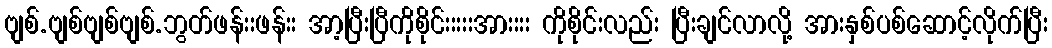
ဗျစ်.ဗျစ်ဗျစ်ဗျစ်.ဘွတ်ဖန်းးဖန်းး အာ့ပြီးပြီကိုစိုင်းးးးးအားးးး ကိုစိုင်းလည်း ပြီးချင်လာလို့ အားနှစ်ပစ်ဆောင့်လိုက်ပြီး